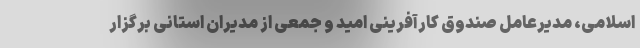
اسلامی، مدیرعامل صندوق کارآفرینی امید و جمعی از مدیران استانی برگزار